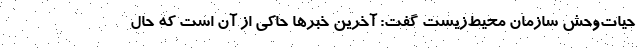
حیات‌وحش سازمان محیط‌زیست گفت: آخرین خبرها حاکی از آن است که حال